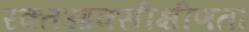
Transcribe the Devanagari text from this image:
रक्तआक्सीक्षीणता